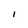
Character: I